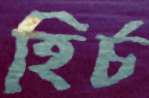
হির্চ